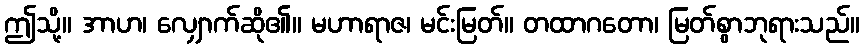
ဤသို့။ အာဟ၊ လျှောက်ဆို၏။ မဟာရာဇ၊ မင်းမြတ်။ တထာဂတော၊ မြတ်စွာဘုရားသည်။